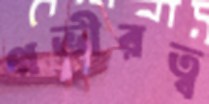
গভীরত্ব